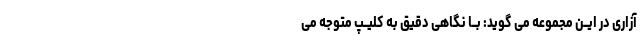
آزارى در ایــن مجموعه مى گوید: بــا نگاهى دقیق به کلیــپ متوجه مى